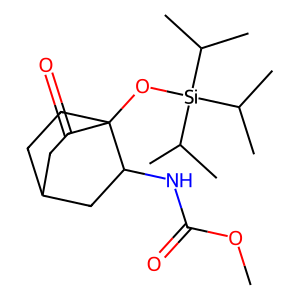
SMILES: COC(=O)NC1CC2CCC1(O[Si](C(C)C)(C(C)C)C(C)C)C(=O)C2
Inhibits HIV replication: No